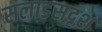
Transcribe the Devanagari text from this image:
सलाडसदृश